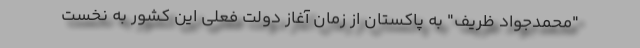
"محمدجواد ظریف" به پاکستان از زمان آغاز دولت فعلی این کشور به نخست